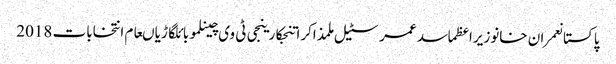
پاکستانعمران خانوزیراعظماسد عمرسٹیل ملمذاکراتنجکارینجی ٹی وی چینلموبائلگاڑیاںعام انتخابات 2018